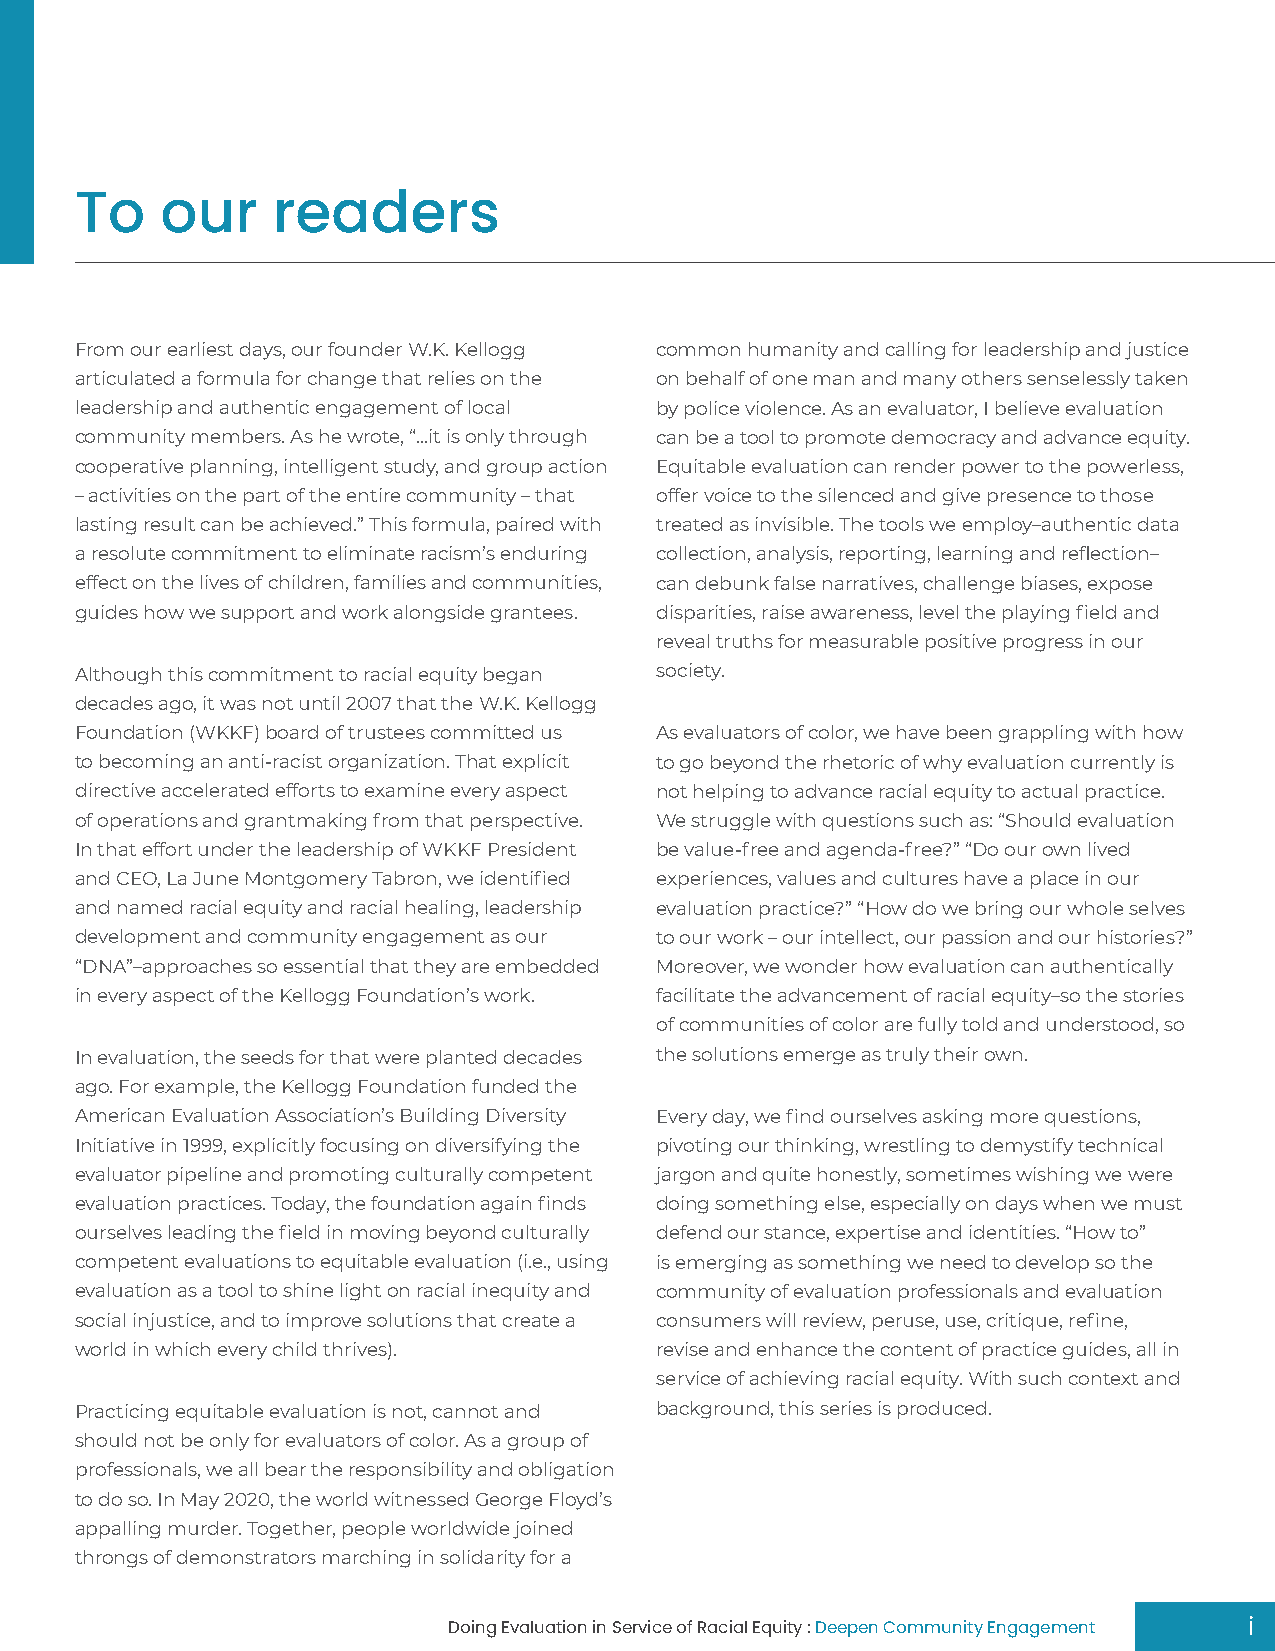
To    our    readers
 From our earliest days, our founder W.K. Kellogg common humanity and calling for leadership and justice
 articulated a formula for change that relies on the on behalf of one man and many others senselessly taken
 leadership and authentic engagement of local by police violence. As an evaluator, I believe evaluation
 community members. As he wrote, “…it is only through can be a tool to promote democracy and advance equity.
 cooperative planning, intelligent study, and group action Equitable evaluation can render power to the powerless,
 – activities on the part of the entire community – that offer voice to the silenced and give presence to those
 lasting result can be achieved.” This formula, paired with treated as invisible. The tools we employ–authentic data
 a resolute commitment to eliminate racism’s enduring collection, analysis, reporting, learning and reflection–
 effect on the lives of children, families and communities, can debunk false narratives, challenge biases, expose
 guides how we support and work alongside grantees. disparities, raise awareness, level the playing field and
 reveal truths for measurable positive progress in our
 Although this commitment to racial equity began society.
 decades ago, it was not until 2007 that the W.K. Kellogg
 Foundation (WKKF) board of trustees committed us As evaluators of color, we have been grappling with how
 to becoming an anti-racist organization. That explicit to go beyond the rhetoric of why evaluation currently is
 directive accelerated efforts to examine every aspect not helping to advance racial equity to actual practice.
 of operations and grantmaking from that perspective. We struggle with questions such as: “Should evaluation
 In that effort under the leadership of WKKF President be value-free and agenda-free?” “Do our own lived
 and CEO, La June Montgomery Tabron, we identified experiences, values and cultures have a place in our
 and named racial equity and racial healing, leadership evaluation practice?” “How do we bring our whole selves
 development and community engagement as our to our work – our intellect, our passion and our histories?”
 “DNA”–approaches so essential that they are embedded Moreover, we wonder how evaluation can authentically
 in every aspect of the Kellogg Foundation’s work. facilitate the advancement of racial equity–so the stories
 of communities of color are fully told and understood, so
 In evaluation, the seeds for that were planted decades the solutions emerge as truly their own.
 ago. For example, the Kellogg Foundation funded the
 American Evaluation Association’s Building Diversity Every day, we find ourselves asking more questions,
 Initiative in 1999, explicitly focusing on diversifying the pivoting our thinking, wrestling to demystify technical
 evaluator pipeline and promoting culturally competent jargon and quite honestly, sometimes wishing we were
 evaluation practices. Today, the foundation again finds doing something else, especially on days when we must
 ourselves leading the field in moving beyond culturally defend our stance, expertise and identities. “How to”
 competent evaluations to equitable evaluation (i.e., using is emerging as something we need to develop so the
 evaluation as a tool to shine light on racial inequity and community of evaluation professionals and evaluation
 social injustice, and to improve solutions that create a consumers will review, peruse, use, critique, refine,
 world in which every child thrives).  revise and enhance the content of practice guides, all in
 service of achieving racial equity. With such context and
 Practicing equitable evaluation is not, cannot and background, this series is produced.
 should not be only for evaluators of color. As a group of
 professionals, we all bear the responsibility and obligation
 to do so. In May 2020, the world witnessed George Floyd’s
 appalling murder. Together, people worldwide joined
 throngs of demonstrators marching in solidarity for a
 Doing Evaluation in Service of Racial Equity : Deepen Community Engagement i